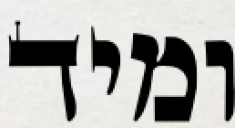
ומיד